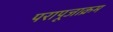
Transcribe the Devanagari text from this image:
परापूजाक्रम